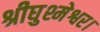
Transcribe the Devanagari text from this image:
श्रीघुश्मेश्वर।